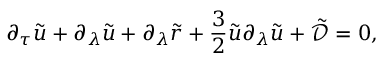
\partial _ { \tau } \tilde { u } + \partial _ { \lambda } \tilde { u } + \partial _ { \lambda } \tilde { r } + \frac { 3 } { 2 } \tilde { u } \partial _ { \lambda } \tilde { u } + \tilde { \mathcal { D } } = 0 ,